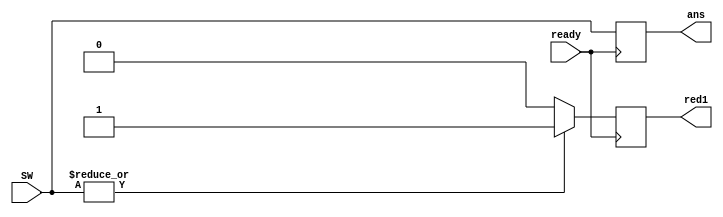
`timescale 1ns / 1ps
//////////////////////////////////////////////////////////////////////////////////
// Company: 
// Engineer: 
// 
// Design Name: 
// Module Name: checker
// Project Name: 
// Target Devices: 
// Tool Versions: 
// Description: 
// 
// Dependencies: 
// 
// Revision:
// Revision 0.01 - File Created
// Additional Comments:
// 
//////////////////////////////////////////////////////////////////////////////////


module ans(
input ready,
input [15:0]SW,
output reg [15:0]ans,
output reg red1
    );
   always @(posedge ready)
   begin
   red1=(|SW==1)?1'b1:1'b0;
   end 
   always @(negedge ready)
   begin
   ans=SW;
   end
endmodule